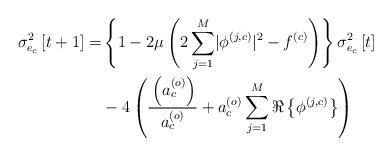
LaTeX: \begin{align*} \sigma_{e_c}^2\left[t+1\right]=&\left\{1-2\mu\left(2\sum_{j=1}^{M}\lvert\phi^{\left(j,c\right)}\rvert^2-f^{\left(c\right)}\right)\right\}\sigma_{e_c}^2\left[t\right]\\ &-4\left(\frac{_{}\left(a_c^{\left(o\right)}\right)}{a_c^{\left(o\right)}}+a_c^{\left(o\right)}\sum_{j=1}^{M}\Re\left\{\phi^{\left(j,c\right)}\right\}\right) \end{align*}